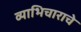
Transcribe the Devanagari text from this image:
व्याभिचाराचे